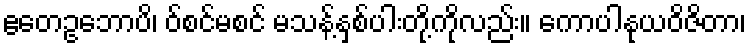
ဧတေဥဘောပိ၊ ဝ်စင်မစင် မသန့်နှစ်ပါးတို့ကိုလည်း။ ကောပါနုယဝိဇိတာ၊